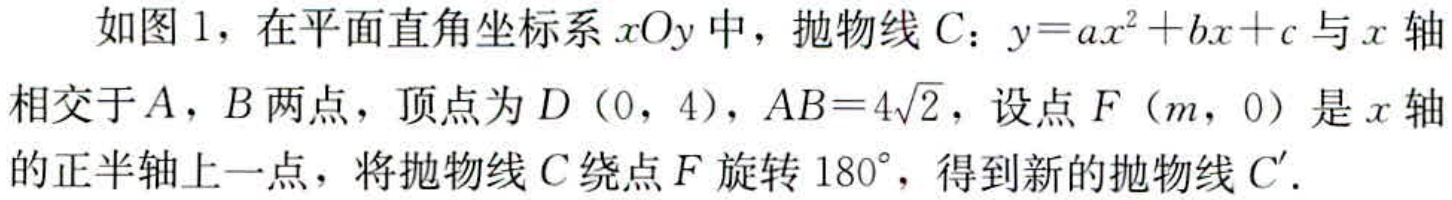
如图1，在平面直角坐标系\(xOy\)中，抛物线\(C\)：\(y = ax^{2}+bx + c\)与\(x\)轴相交于\(A\)，\(B\)两点，顶点为\(D(0,4)\)，\(AB = 4\sqrt{2}\)，设点\(F(m,0)\)是\(x\)轴的正半轴上一点，将抛物线\(C\)绕点\(F\)旋转\(180^{\circ}\)，得到新的抛物线\(C'\)。